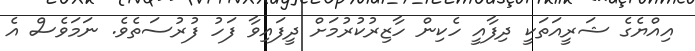
އިއްޔެގެ ޝަރީއަތަކީ ދިފާއީ ހެކިން ހާޒިރުކުރުމަށް ދީފައިވާ ފަހު ފުރުސަތެވެ. ނަމަވެސް އެ